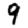
Digit: 9